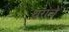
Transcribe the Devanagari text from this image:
थरांचे